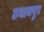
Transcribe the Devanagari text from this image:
उघानपुर